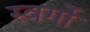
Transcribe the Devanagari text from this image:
स्वर्गो